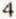
4